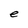
Character: e